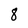
Character: 8